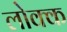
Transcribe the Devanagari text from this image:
लोक्क